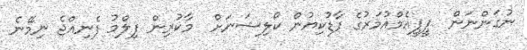
ނުގަންނަން  ޕީޕީއެމްއުމަރުގެ ފާޑުކިޔުން ކޯލިޝަނަށް  މާކުރިން ފިލްމު ފެނިއްޖެ ނިމޭނެ